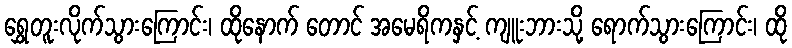
ရွှေတူးလိုက်သွားကြောင်း၊ ထိုနောက် တောင် အမေရိကနှင့် ကျူးဘားသို့ ရောက်သွားကြောင်း၊ ထို